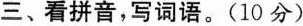
三、看拼音，写词语。(10分)